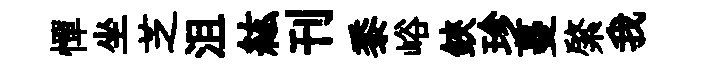
憚坐芝沮紘刊黍峪鋏珍蔓綮我